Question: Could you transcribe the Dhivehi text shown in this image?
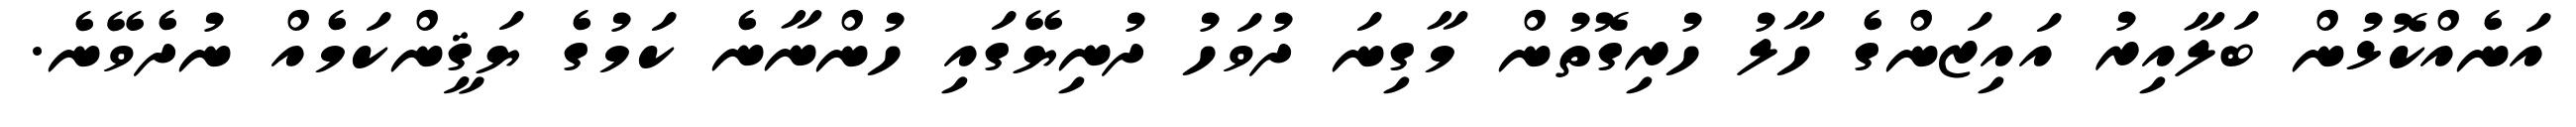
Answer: އަނެއްކޮޅުން ބަލާއިރު އައިޒަންގެ ހާލު ހުރިގޮތުން މާގިނަ ދުވަހު ދުނިޔޭގައި ހުންނާނެ ކަމުގެ ޔަޤީންކަމެއް ނުދެވޭނެ.